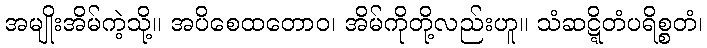
အမျိုးအိမ်ကဲ့သို့။ အပိစေထတောဝ၊ အိမ်ကိုတို့လည်းဟူ။ သံဆဋ္ဋိတံပရိစ္စတံ၊